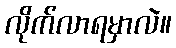
လိုက်လာရမှာလဲ။